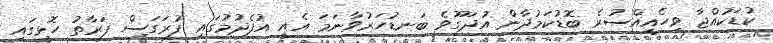
ކުޑަކުއްޖާ ވިހެއީއްސުރެ ބޮޑުކަމުދާން އުދަގޫވެ ބަނޑުހަރުވާނަމަ އެއީ އުފެދުމުގައި ފުރަގަސް ފަރާތު ހޮޅީގައި